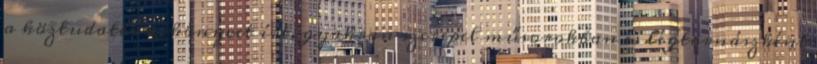
a köztudatban, könyvet írt, gyakran szerepel műsorokban és légtornászként